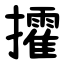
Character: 攉